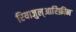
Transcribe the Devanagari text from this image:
रियाजुल्आरिफ़ीन